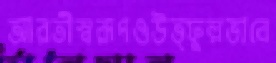
আরতীস্বরূপওউত্ফুল্লভাবে